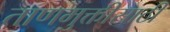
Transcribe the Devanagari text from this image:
ताणमुक्तीसाठी